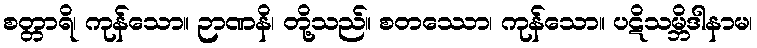
စတ္တာရိ၊ ကုန်သော။ ဉာဏနိ၊ တို့သည်။ စတဿော၊ ကုန်သော။ ပဋိသမ္ဘိဒါနာမ၊